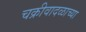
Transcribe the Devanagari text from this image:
चक्रीवादळाच्या